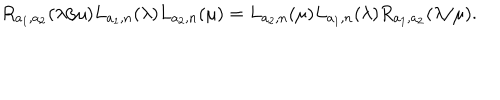
LaTeX: R _ { a _ { 1 } , a _ { 2 } } ( \lambda / \mu ) L _ { a _ { 1 } , n } ( \lambda ) L _ { a _ { 2 } , n } ( \mu ) = L _ { a _ { 2 } , n } ( \mu ) L _ { a _ { 1 } , n } ( \lambda ) R _ { a _ { 1 } , a _ { 2 } } ( \lambda / \mu ) .